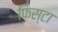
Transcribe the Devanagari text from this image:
फिस्टा